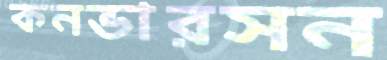
কনভারসন